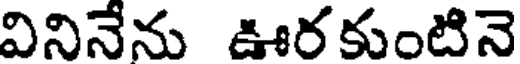
వినినేను ఊరకుంటినె